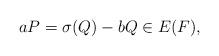
LaTeX: \begin{align*}aP = \sigma(Q)-bQ\in E(F),\end{align*}